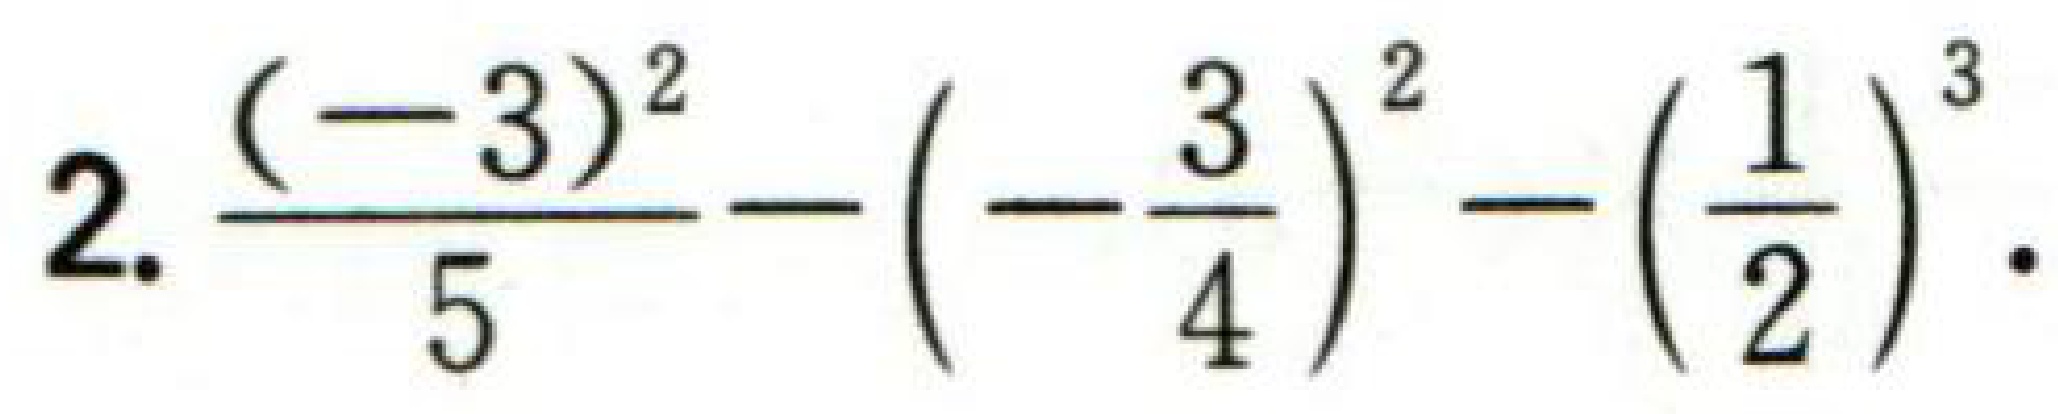
2. $\frac{(-3)^{2}}{5}-\left(-\frac{3}{4}\right)^{2}-\left(\frac{1}{2}\right)^{3}.$